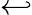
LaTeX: \hookleftarrow